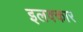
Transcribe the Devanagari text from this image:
इलक्कार